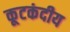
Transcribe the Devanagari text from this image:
कूटकंदीय